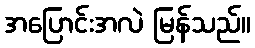
အပြောင်းအလဲ မြန်သည်။